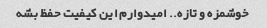
خوشمزه و تازه.. امیدوارم این کیفیت حفظ بشه